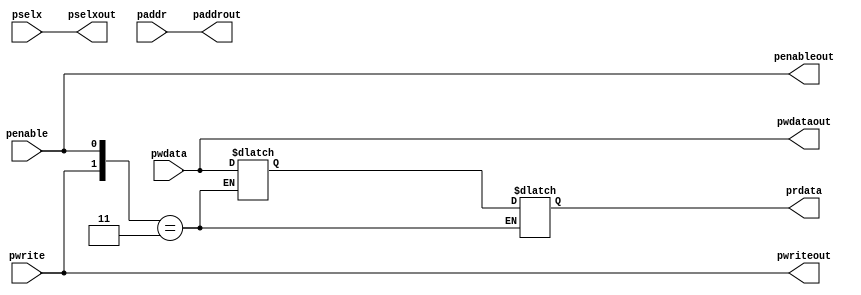
module apb_interface(input penable,input pwrite,input[31:0]pwdata,input[2:0]pselx,input[31:0]paddr,output reg penableout,output reg pwriteout,output reg [31:0] pwdataout,output reg[31:0] paddrout,output reg[2:0] pselxout,output reg[31:0]prdata);
 reg [31:0]data;
 
 always@(penable or pwrite or paddr)
  begin
  penableout<=penable;
  pwriteout<=pwrite;
  pwdataout<=pwdata;
  pselxout<=pselx;
  paddrout<=paddr;
   
   case({pwrite,penable})
   2'd1:prdata=data;
   2'd3:data=pwdata;
   default:prdata=32'hzzzzzzzz;
   endcase
  end
endmodule